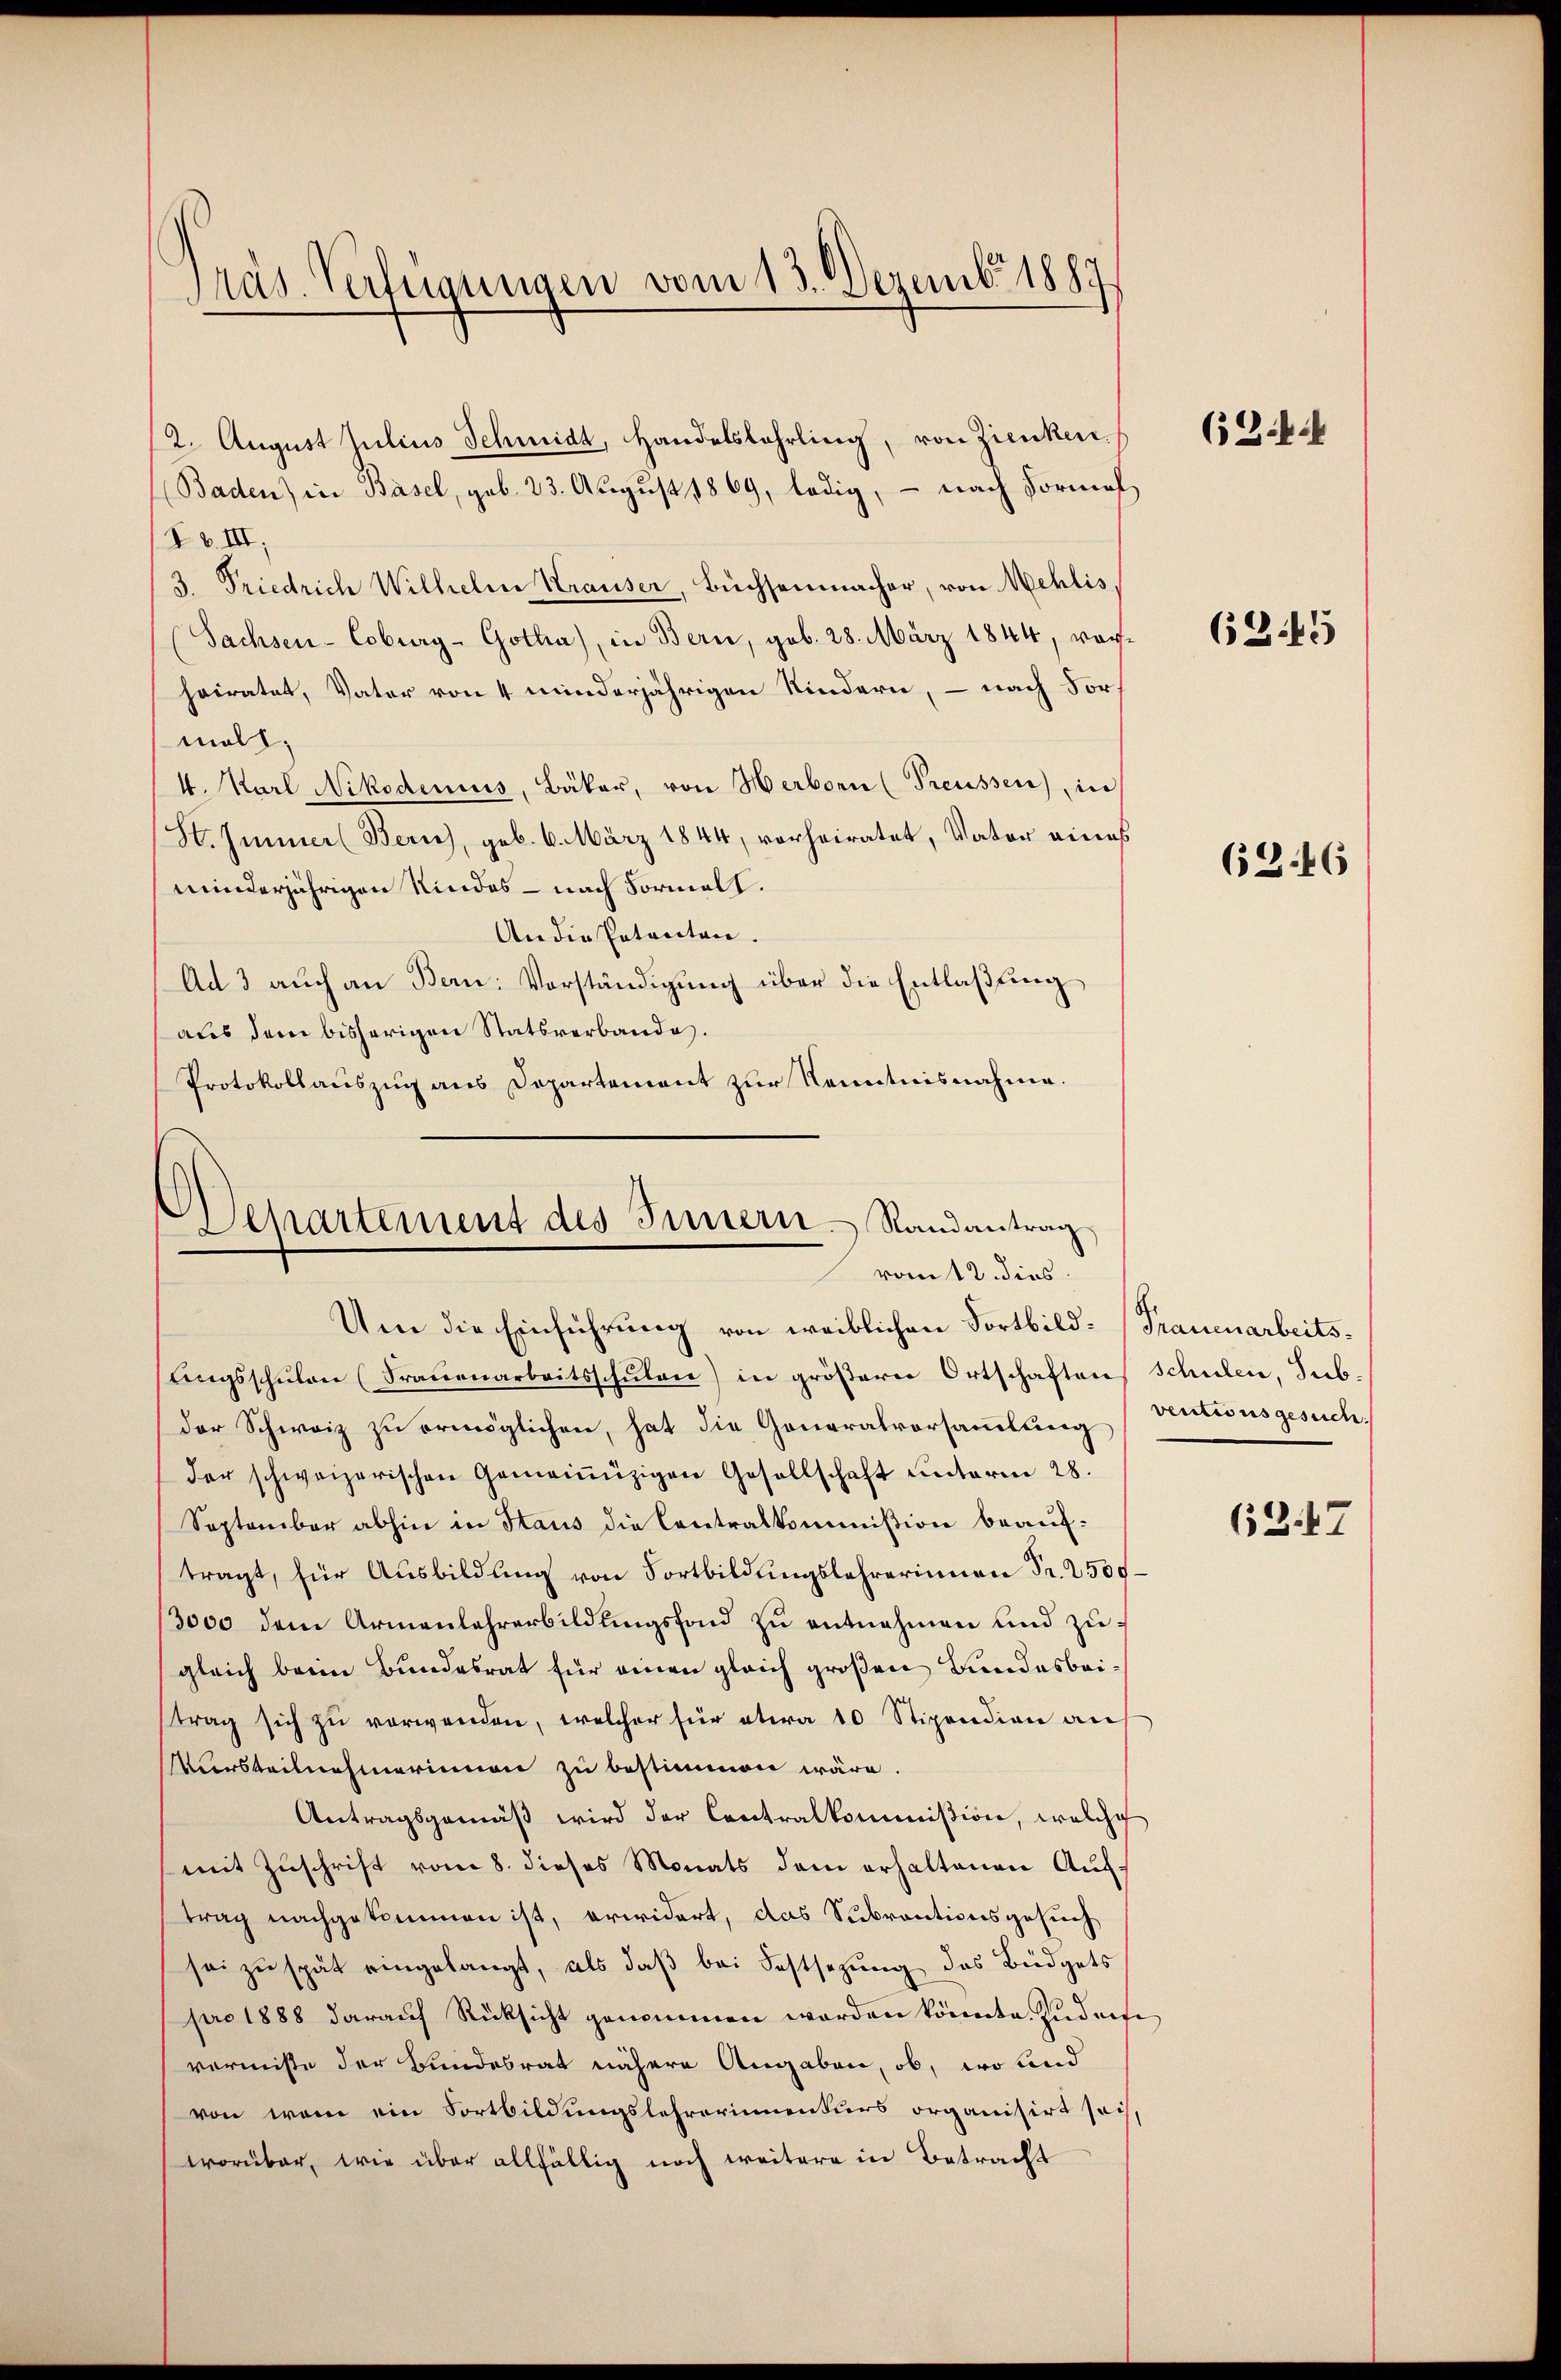
Präs. Verfügungen vom 13. Dezemb. 1887

2. August Julius Schmidt, Handelslehrling, von Zienken.
(Baden) in Basel, geb. 23. August 1869, ledig, – nach Formel
Pb. III.
3. Priedrich Wilhelm Krauser, Büchsenmacher, von Mehlis,
Sachsen-Coburg-Gotha), in Bern, gob. 28. März 1844, vorheiratet, Vater von 4 minderjährigen Kindern, – nach Fors
mall;
4. Karl Nikodenius, Bäker, von Herborn (Preussen), in
St. Immer (Zürich, geb. 6. März 1844, vorheiratet, Vater eines
minderjährigen Kindes - nach Formelt.
An die Petenten.
Ad 3 auch an Bern: Vorständigung über die Entlaßung
aus dem bisherigen Statsverbande.
Protokollauszug aus Departement zur Kenntnisnahme.

Separtement des Innern. Randantrag
vom 12. dies

Um die Einführung von weiblichen Fortbild- (Frauenarbeitslingsschŭlen (Frauenarbeitsschŭlen) in gröβerer Ortschaften Schulen, Sub-
der Schweiz zu ermöglichen, hat die Generalvorsammlung Antionsgesuchder schweizerischen Gemeinüzigen Gesellschaft ŭnterm 28.
September abhin in Haus die Centralkommißion beauftragt, für Ausbildung von Fortbildungslehrerinnen Fr. 2500
3000 dem Armenlehrerbildungsfond zu entnehmen und zugleich beim Bundesrat für einen gleich großen Bundesbeitrag sich zŭ verwenden, welcher für etwa 10 Stipendien an
ursteilnehmerinnen zu bestimmen wäre.
Antragsgemäβ wird der Contralkommißion, welche
mit Zuschrift vom 8. dieses Monats dem erhaltenen Auftrag nachgekommen ist, erwidert, das Subrantionsgesuch
sei zu spät eingelangt, als daß bei Festsezung des Büdgets
pro 1888 darauf Rücksicht genommen worden könnte. Zudemi
vermißte der Bundesrat nähere Angaben, ob, wo und
von wenn ein Fortbildungslehrerinnenturs organisirt sah,
worüber, wie über allfällig noch weitere in Betracht

(24.

6245

63. 46

6247